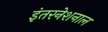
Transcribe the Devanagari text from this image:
इंतरनेशनाल